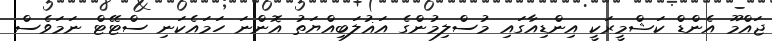
ޖައްމޫ އެންޑް ކަޝްމީރަކީ އިންޑިއާގައި މުސްލިމުންގެ އަޣުލަބިއްޔަތު އޮންނަ ހަމައެކަނި ސްޓޭޓް ނަމަވެސް